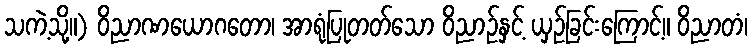
သကဲ့သို့။) ဝိညာဏယောဂတော၊ အာရုံပြုတတ်သော ဝိညာဉ်နှင့် ယှဉ်ခြင်းကြောင့်။ ဝိညာတံ၊